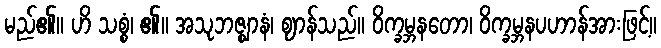
မည်၏။ ဟိ သစ္စံ၊ ၏။ အသုဘဇ္ဈာနံ၊ ဈာန်သည်။ ဝိက္ခမ္ဘနတော၊ ဝိက္ခမ္ဘနပဟာန်အားဖြင့်။